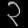
Digit: ၃